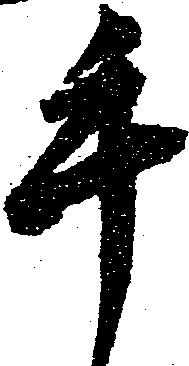
手